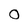
Character: 0